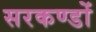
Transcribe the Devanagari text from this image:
सरकण्डों